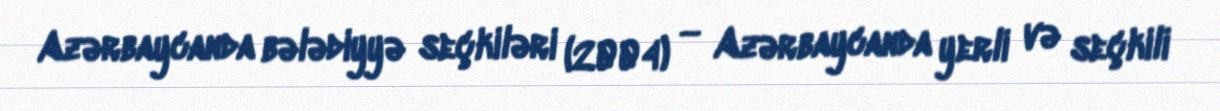
Azərbaycanda bələdiyyə seçkiləri (2004) — Azərbaycanda yerli və seçkili